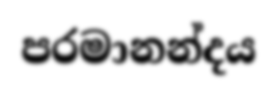
පරමානන්දය